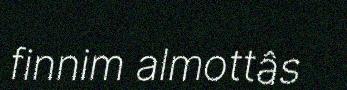
finnim almottâs